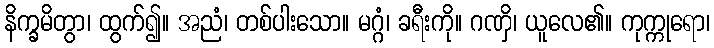
နိက္ခမိတွာ၊ ထွက်၍။ အညံ၊ တစ်ပါးသော။ မဂ္ဂံ၊ ခရီးကို။ ဂဏှိ၊ ယူလေ၏။ ကုက္ကုရော၊